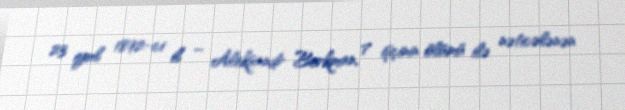
23 iyul 1892-ci il – Aleksandr Berkman, 7 işçinin ölümü ilə nəticələnən